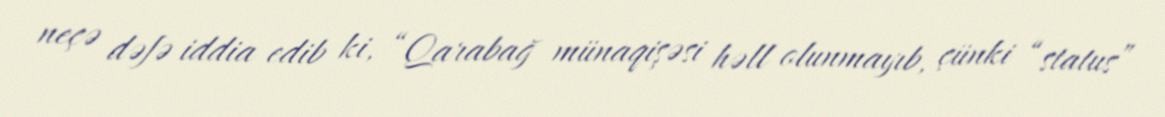
neçə dəfə iddia edib ki, “Qarabağ münaqişəsi həll olunmayıb, çünki “status”